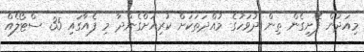
މިއަދުން ފެށިގެން ތިން ދުވަހުގެ މުއްދަތަކަށް ކުރިއަށްގެންދާ މި ފެއާގައި 35 ސްޓޯލެއް